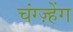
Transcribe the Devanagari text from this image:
चंग्ज़्हेंग